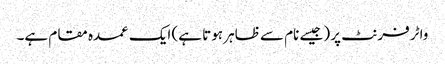
واٹر فرنٹ پر (جیسے نام سے ظاہر ہوتا ہے) ایک عمدہ مقام ہے۔